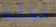
الكآبة